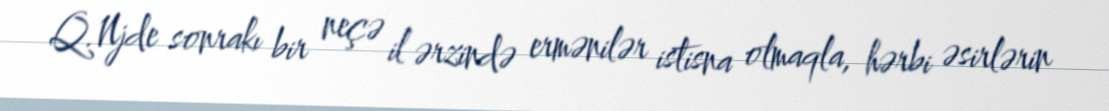
Q.Njde sonrakı bir neçə il ərzində ermənilər istisna olmaqla, hərbi əsirlərin